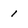
Character: 1